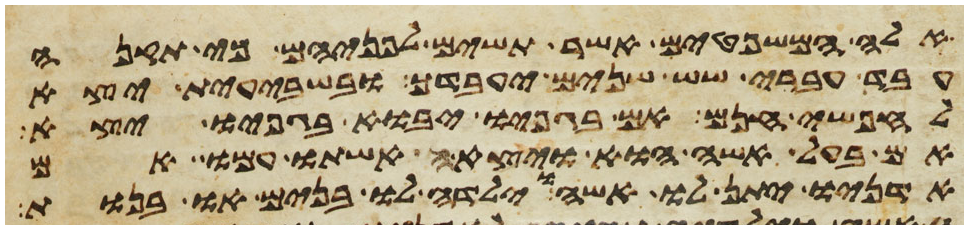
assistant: אלה המשפטים אשר תשים לפניהם כי תקנה
עבד עברי שש שנים יעבדך ובשבעית יצא
לחפשי חנם אם בגפיו יבוא בגפיו יצא
אם בעל אשה הוא ויצאה אשתו עמו אם
אדניו יתן לו אשה וילדה לו בנים או בנות